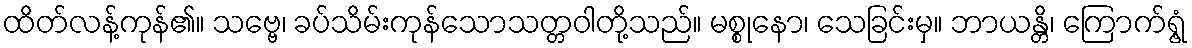
ထိတ်လန့်ကုန်၏။ သဗ္ဗေ၊ ခပ်သိမ်းကုန်သောသတ္တဝါတို့သည်။ မစ္စုနော၊ သေခြင်းမှ။ ဘာယန္တိ၊ ကြောက်ရွံ့